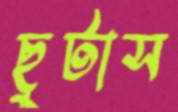
ছুটাস